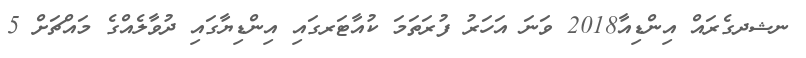
ނޝދގެރައް އިންޑިއާ2018 ވަނަ އަހަރު ފުރަތަމަ ކުއާޓަރގައި އިންޑިޔާގައި ދުވާލެއްގެ މައްޗަށް 5